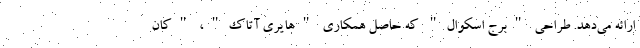
ارائه می‌دهد. طراحی "برج اسکوال" که حاصل همکاری "هایری آتاک"، "کان